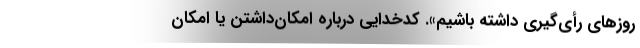
روزهای رأی‌گیری داشته باشیم». کدخدایی درباره امکان‌داشتن یا امکان